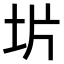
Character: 𫭡